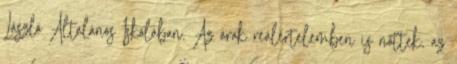
László Általános Iskolában. Az árak reálértelemben is nőttek, az